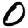
Digit: 0